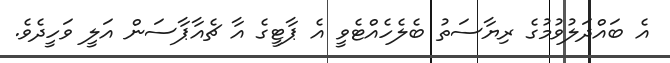
އެ ބައްދަލުވުމުގެ ރިޔާސަތު ބެލެހެއްޓެވީ އެ ޕާޓީގެ އާ ޗެއާޕާސަން އަލީ ވަހީދެވެ.